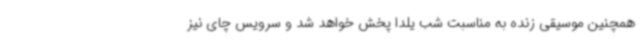
همچنین موسیقی زنده به مناسبت شب یلدا پخش خواهد شد و سرویس چای نیز